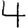
Digit: 4